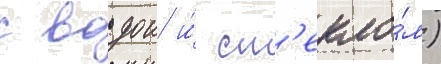
с водои и́ ст'екло́м)